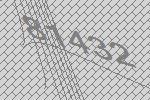
81432